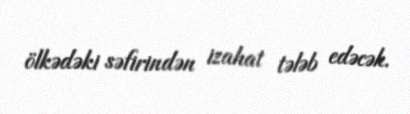
ölkədəki səfirindən izahat tələb edəcək.